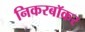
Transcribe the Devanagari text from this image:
निकरबॉकर